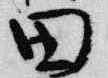
田